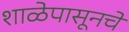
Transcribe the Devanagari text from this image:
शाळेपासूनचे